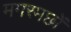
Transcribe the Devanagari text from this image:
मगरमछों